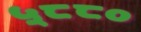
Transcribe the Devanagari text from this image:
५८८०